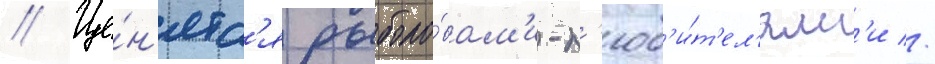
// Це́н'ятс'я рыболо́вам'и-л'юб'и́т'ел'ям'и //